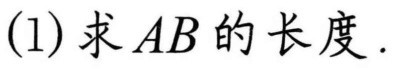
(1) 求\(AB\)的长度.